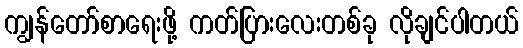
ကျွန်တော်စာရေးဖို့ ကတ်ပြားလေးတစ်ခု လိုချင်ပါတယ်